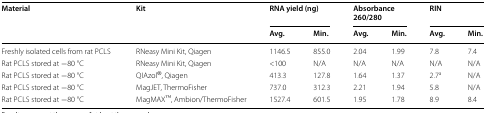
<table><thead><tr><td rowspan="2"><b>Material</b></td><td rowspan="2"><b>Kit</b></td><td colspan="2"><b>RNA yield (ng)</b></td><td colspan="2"><b>Absorbance 260/280</b></td><td colspan="2"><b>RIN</b></td></tr><tr><td><b>Avg.</b></td><td><b>Min.</b></td><td><b>Avg.</b></td><td><b>Min.</b></td><td><b>Avg.</b></td><td><b>Min.</b></td></tr></thead><tbody><tr><td>Freshly isolated cells from rat PCLS</td><td>RNeasy Mini Kit, Qiagen</td><td>1146.5</td><td>855.0</td><td>2.04</td><td>1.99</td><td>7.8</td><td>7.4</td></tr><tr><td>Rat PCLS stored at −80 °C</td><td>RNeasy Mini Kit, Qiagen</td><td>&lt;100</td><td>N/A</td><td>N/A</td><td>N/A</td><td>N/A</td><td>N/A</td></tr><tr><td>Rat PCLS stored at −80 °C</td><td>QIAzol<sup>®</sup>, Qiagen</td><td>413.3</td><td>127.8</td><td>1.64</td><td>1.37</td><td>2.7<sup>a</sup></td><td>N/A</td></tr><tr><td>Rat PCLS stored at −80 °C</td><td>MagJET, ThermoFisher</td><td>737.0</td><td>312.3</td><td>2.21</td><td>1.94</td><td>5.8</td><td>N/A</td></tr><tr><td>Rat PCLS stored at −80 °C</td><td>MagMAXTM, Ambion/ThermoFisher</td><td>1527.4</td><td>601.5</td><td>1.95</td><td>1.78</td><td>8.9</td><td>8.4</td></tr></tbody></table>